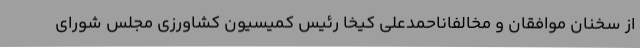
از سخنان موافقان و مخالفاناحمدعلی کیخا رئیس کمیسیون کشاورزی مجلس شورای